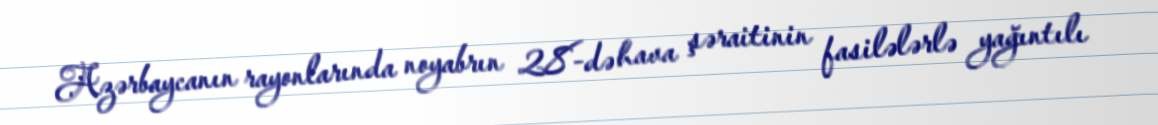
Azərbaycanın rayonlarında noyabrın 28-də hava şəraitinin fasilələrlə yağıntılı